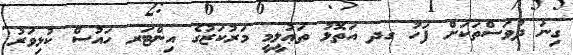
ގިނަ ދުވަސްތަކަށް ފަހު ގދ އަތޮޅު ތަޢުލީމީ މަރުކަޒުގެ އިންޓަރ ހައުސް ކުޅިވަރު